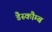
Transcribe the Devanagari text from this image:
डैस्कौम्ब